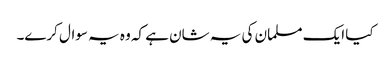
کیا ایک مسلمان کی یہ شان ہے کہ وہ یہ سوال کرے۔